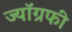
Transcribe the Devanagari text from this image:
ज्यॉग्रफी